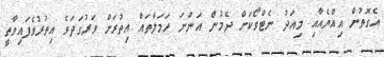
އެގޮތުން އިއްޔެއާއި މިއަދު ނެޓްވޯކަށް ދެމުން އަންނަ ހަމަލާތައް އިތުރަށް ވަރުގަދަވެ އިތުރުވެފައިވާތީ